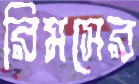
রিমসের